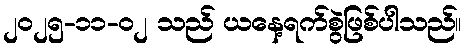
၂၀၂၅-၁၁-၀၂ သည် ယနေ့ရက်စွဲဖြစ်ပါသည်။